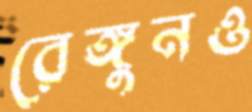
রেঙ্গুনও